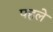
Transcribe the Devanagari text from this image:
पहलेे